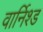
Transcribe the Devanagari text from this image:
वार्निश्ड